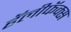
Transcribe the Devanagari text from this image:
हॅलीफॅक्स